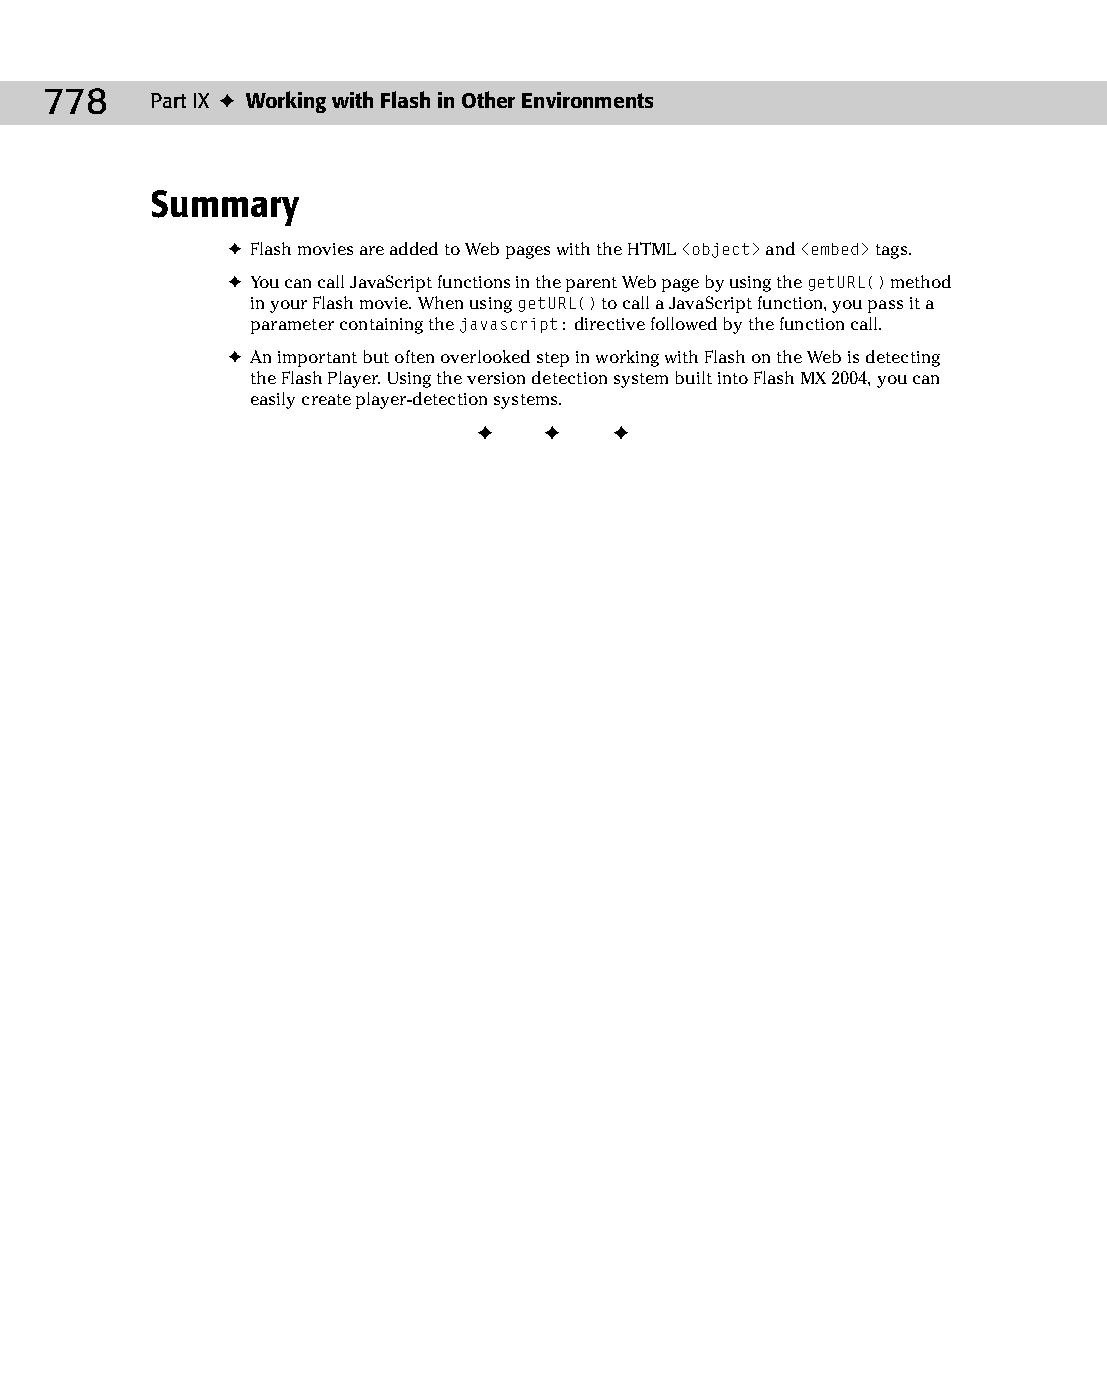
41 543547 ch31.qxd 3/24/04 4:16 PM Page 778
 778    Part IX ✦ Working with Flash in Other Environments
 Summary
 ✦ Flash movies are added to Web pages with the HTML <object> and <embed> tags.
 ✦ You can call JavaScript functions in the parent Web page by using the getURL() method
 in your Flash movie. When using getURL() to call a JavaScript function, you pass it a
 parameter containing the javascript: directive followed by the function call.
 ✦ An important but often overlooked step in working with Flash on the Web is detecting
 the Flash Player. Using the version detection system built into Flash MX 2004, you can
 easily create player-detection systems.
 ✦  ✦  ✦